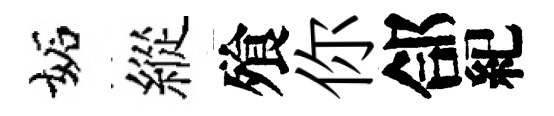
妬縱飱你郃紀